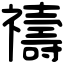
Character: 禱